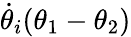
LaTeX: \dot{\theta}_{i}(\theta_{1}-\theta_{2})